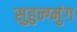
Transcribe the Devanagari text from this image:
सुहुन्ग्मुंग